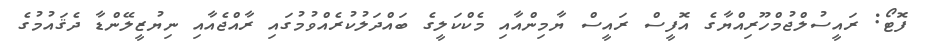
ފޮޓޯ: ރައީސުލްޖުމްހޫރިއްޔާގެ އޮފީސް ރައީސް ޔާމިންއާއި މެކްކަލީގެ ބައްދަލުކުރެއްވުމުގައި ރާއްޖެއާއި ނިޔުޒީލޭންޑާ ދެޤައުމުގެ